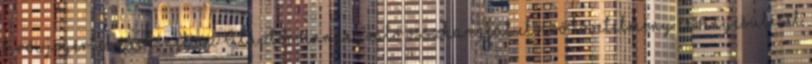
bírói jogértelmezésnek az Alaptörvénnyel való összhangját előíró követelmény érvényesülését